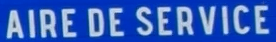
AIRE DE SERVICE